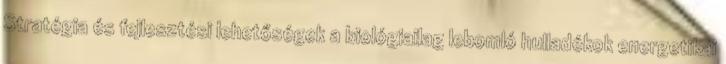
Stratégia és fejlesztési lehetőségek a biológiailag lebomló hulladékok energetikai